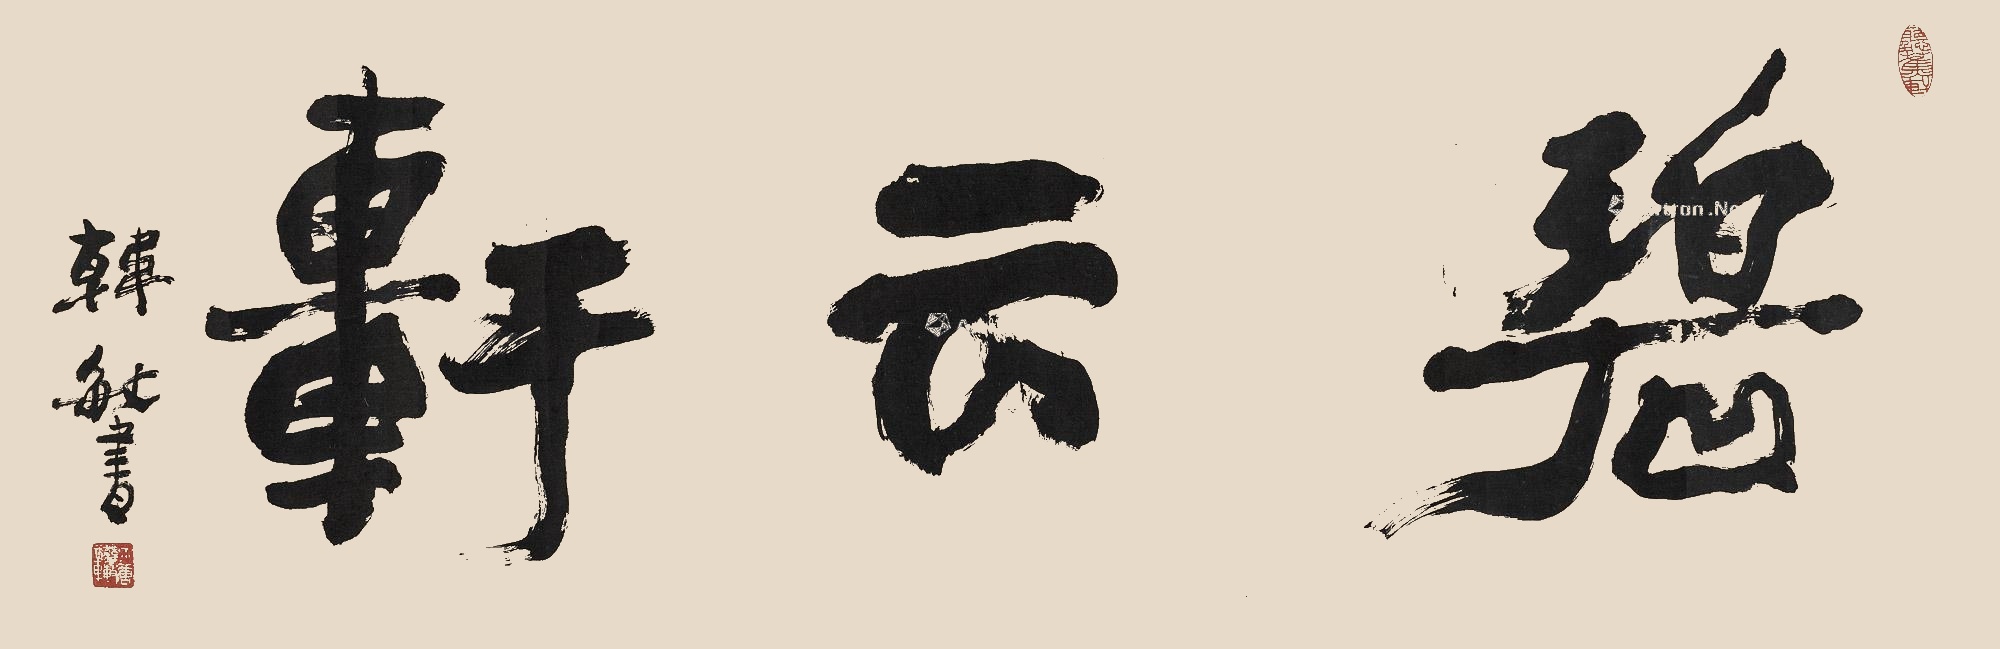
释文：碧云轩韩敏书。